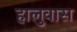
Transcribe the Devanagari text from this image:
हालुवास